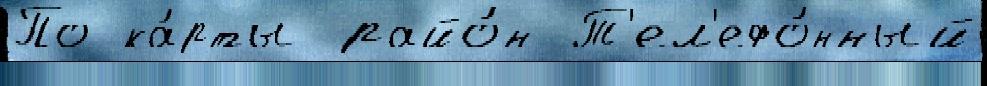
По ка́рты райо́н Т'ел'ефо́нный